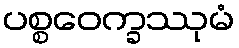
ပစ္စဝေက္ခဿုမံ